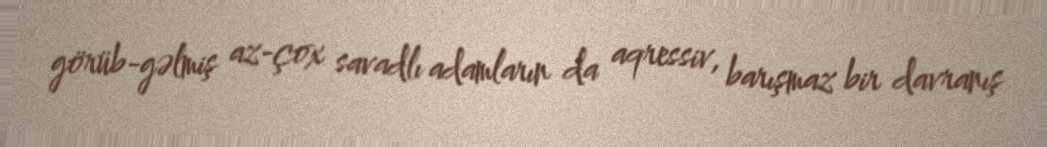
görüb-gəlmiş az-çox savadlı adamların da aqressiv, barışmaz bir davranış